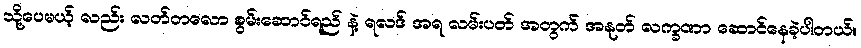
သို့ပေမယ့် လည်း လတ်တလော စွမ်းဆောင်ရည် နဲ့ ရလဒ် အရ လမ်းပတ် အတွက် အနုတ် လက္ခဏာ ဆောင်နေခဲ့ပါတယ်။